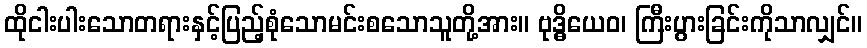
ထိုငါးပါးသောတရားနှင့်ပြည့်စုံသောမင်းစသောသူတို့အား။ ဗုဒ္ဓိယေဝ၊ ကြီးပွားခြင်းကိုသာလျှင်။